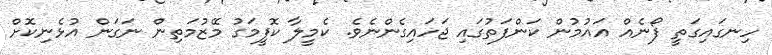
ހިނގައިގަތީ ފޯނެއް އައުމުން ކަންފަތުގައި ޖަހައިގެންނެވެ. ކެމީލާ ކޮފީމަގު މޭޒުމަތިން ނަގަން އުޅެނިކޮށް